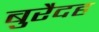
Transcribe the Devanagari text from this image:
बुरैदह